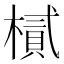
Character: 樲